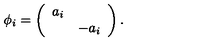
\phi _ { i } = \left( \begin{array} { c c } { a _ { i } } & { } \\ { } & { - a _ { i } } \\ \end{array} \right) .